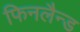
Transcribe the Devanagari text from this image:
फिनलैन्ड